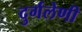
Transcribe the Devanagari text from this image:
दुर्गलेणी